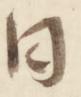
日